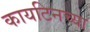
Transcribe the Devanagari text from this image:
कायटिनच्या